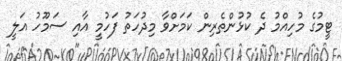
ޓީމުގެ މުހިއްމު ދެ ކުޅުންތެރިން ކަމަށްވާ މިދުހަތު ފަހުމީ އާއި ސަމޫހު އަލީ